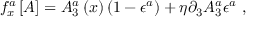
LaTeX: f _ { x } ^ { a } \left[ A \right] = A _ { 3 } ^ { a } \left( x \right) \left( 1 - \epsilon ^ { a } \right) + \eta \partial _ { 3 } A _ { 3 } ^ { a } \epsilon ^ { a } \ ,